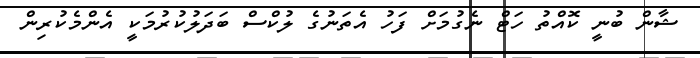
ޝާން ބުނީ ކޮއްތު ހަޓް ނެގުމަށް ފަހު އެތަނުގެ ލުކްސް ބަދަލުކުރުމަކީ އެންމެކުރިން